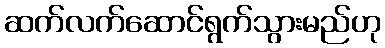
ဆက်လက်ဆောင်ရွက်သွားမည်ဟု